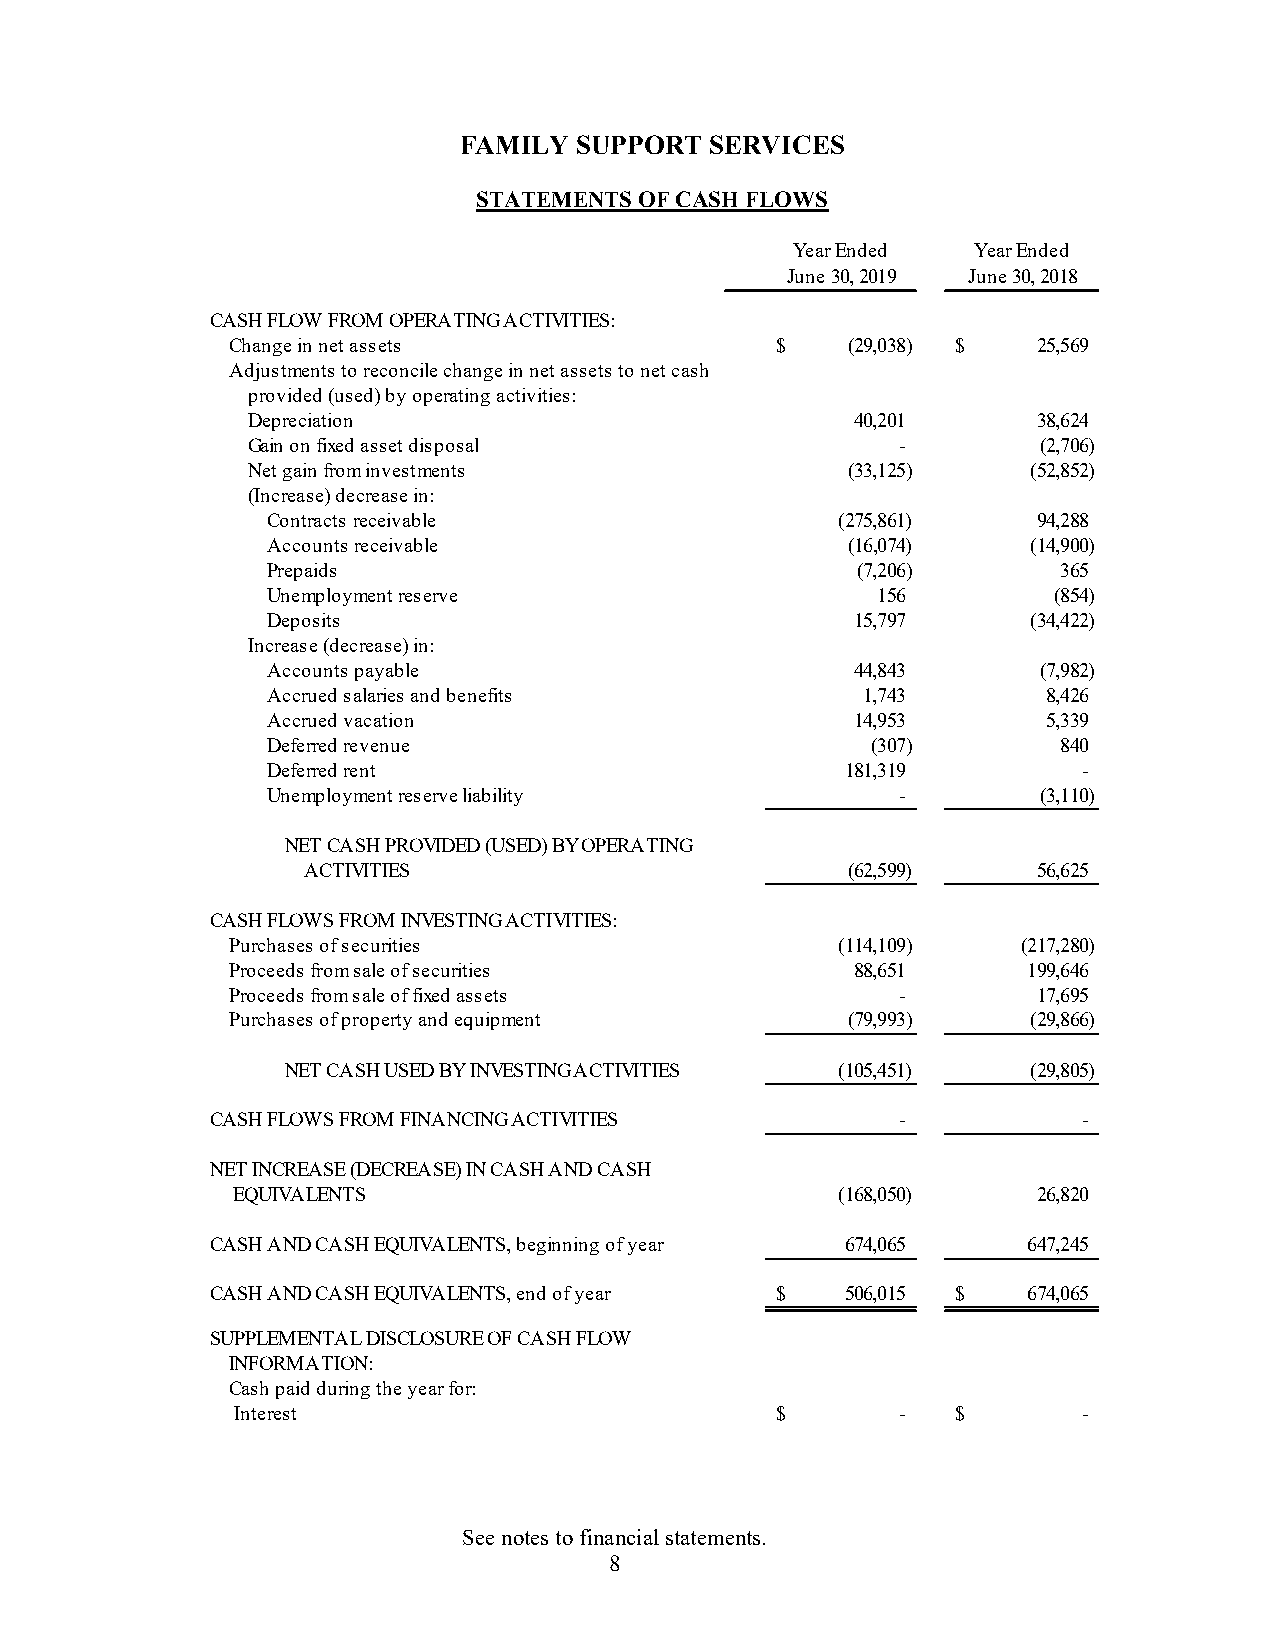
FAMILY  SUPPORT  SERVICES
 STATEMENTS OF CASH FLOWS
 Year Ended  Year Ended
 June 30, 2019 June 30, 2018
 CASH FLOW FROM OPERATING ACTIVITIES:
 Change in net assets                $    (29,038) $   25,569
 Adjustments to reconcile change in net assets to net cash
 provided (used) by operating activities:
 Depreciation                             40,201      38,624
 Gain on fixed asset disposal                -        ( 2,706)
 Net gain from investments               (33,125)    ( 52,852)
 (Increase) decrease in:
 Contracts receivable                  (275,861)    94,288
 Accounts receivable                   (16,074)    ( 14,900)
 Prepaids                               (7,206)      365
 Unemployment reserve                    156         ( 854)
 Deposits                               15,797     ( 34,422)
 Increase (decrease) in:
 Accounts payable                       44,843      ( 7,982)
 Accrued salaries and benefits          1,743       8,426
 Accrued vacation                       14,953      5,339
 Deferred revenue                        (307)       840
 Deferred rent                         181,319         -
 Unemployment reserve liability            -        ( 3,110)
 NET CASH PROVIDED (USED) BY OPERATING
 ACTIVITIES                          (62,599)     56,625
 CASH FLOWS FROM INVESTING ACTIVITIES:
 Purchases of securities                  (114,109)   ( 217,280)
 Proceeds from sale of securities          88,651     199,646
 Proceeds from sale of fixed assets           -        17,695
 Purchases of property and equipment      (79,993)    ( 29,866)
 NET CASH USED BY INVESTING ACTIVITIES (105,451)  ( 29,805)
 CASH FLOWS FROM FINANCING ACTIVITIES          -           -
 NET INCREASE (DECREASE) IN CASH AND CASH
 EQUIVALENTS                              (168,050)    26,820
 CASH AND CASH EQUIVALENTS, beginning of year 674,065  647,245
 CASH AND CASH EQUIVALENTS, end of year $  506,015 $   674,065
 SUPPLEMENTAL DISCLOSURE OF CASH FLOW
 INFORMATION:
 Cash paid during the year for:
 Interest                            $        -  $        -
 See notes to financial statements.
 8